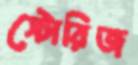
স্টোরিজ